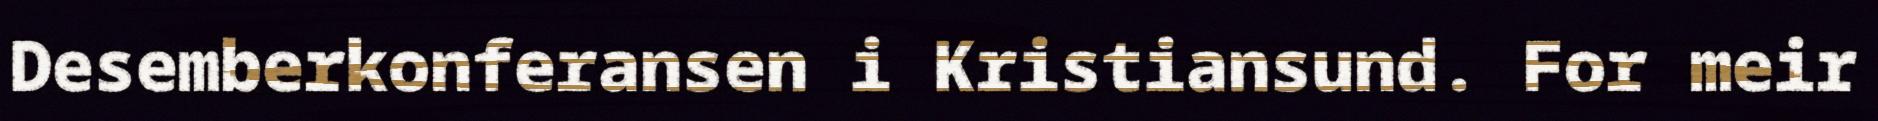
Desemberkonferansen i Kristiansund. For meir